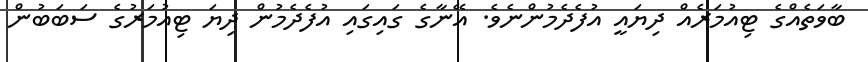
ބާވަތެއްގެ ޓިއުމަރެއް ދިޔައީ އުފެދެމުންނެވެ. އޭނާގެ ގައިގައި އުފެދެމުން ދިޔަ ޓިއުމަރުގެ ސަބަބުން